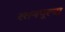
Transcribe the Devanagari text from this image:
रतनपूरचा